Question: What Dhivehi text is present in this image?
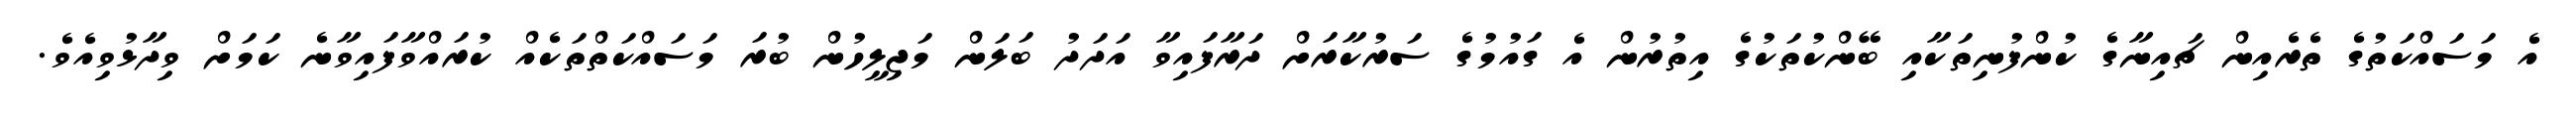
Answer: އެ މަސައްކަތުގެ ތެރެއިން ޗައިނާގެ ކުންފުނިތަކާއި ބޭންކުތަކުގެ އިތުރުން އެ ގައުމުގެ ސަރުކާރަށް ދަރާފައިވާ އަދަދު ބަލަން މަޖިލީހުން ބުރަ މަސައްކަތްތަކެއް ކުރައްވާފައިވާނެ ކަމަށް ވިދާޅުވިއެވެ.